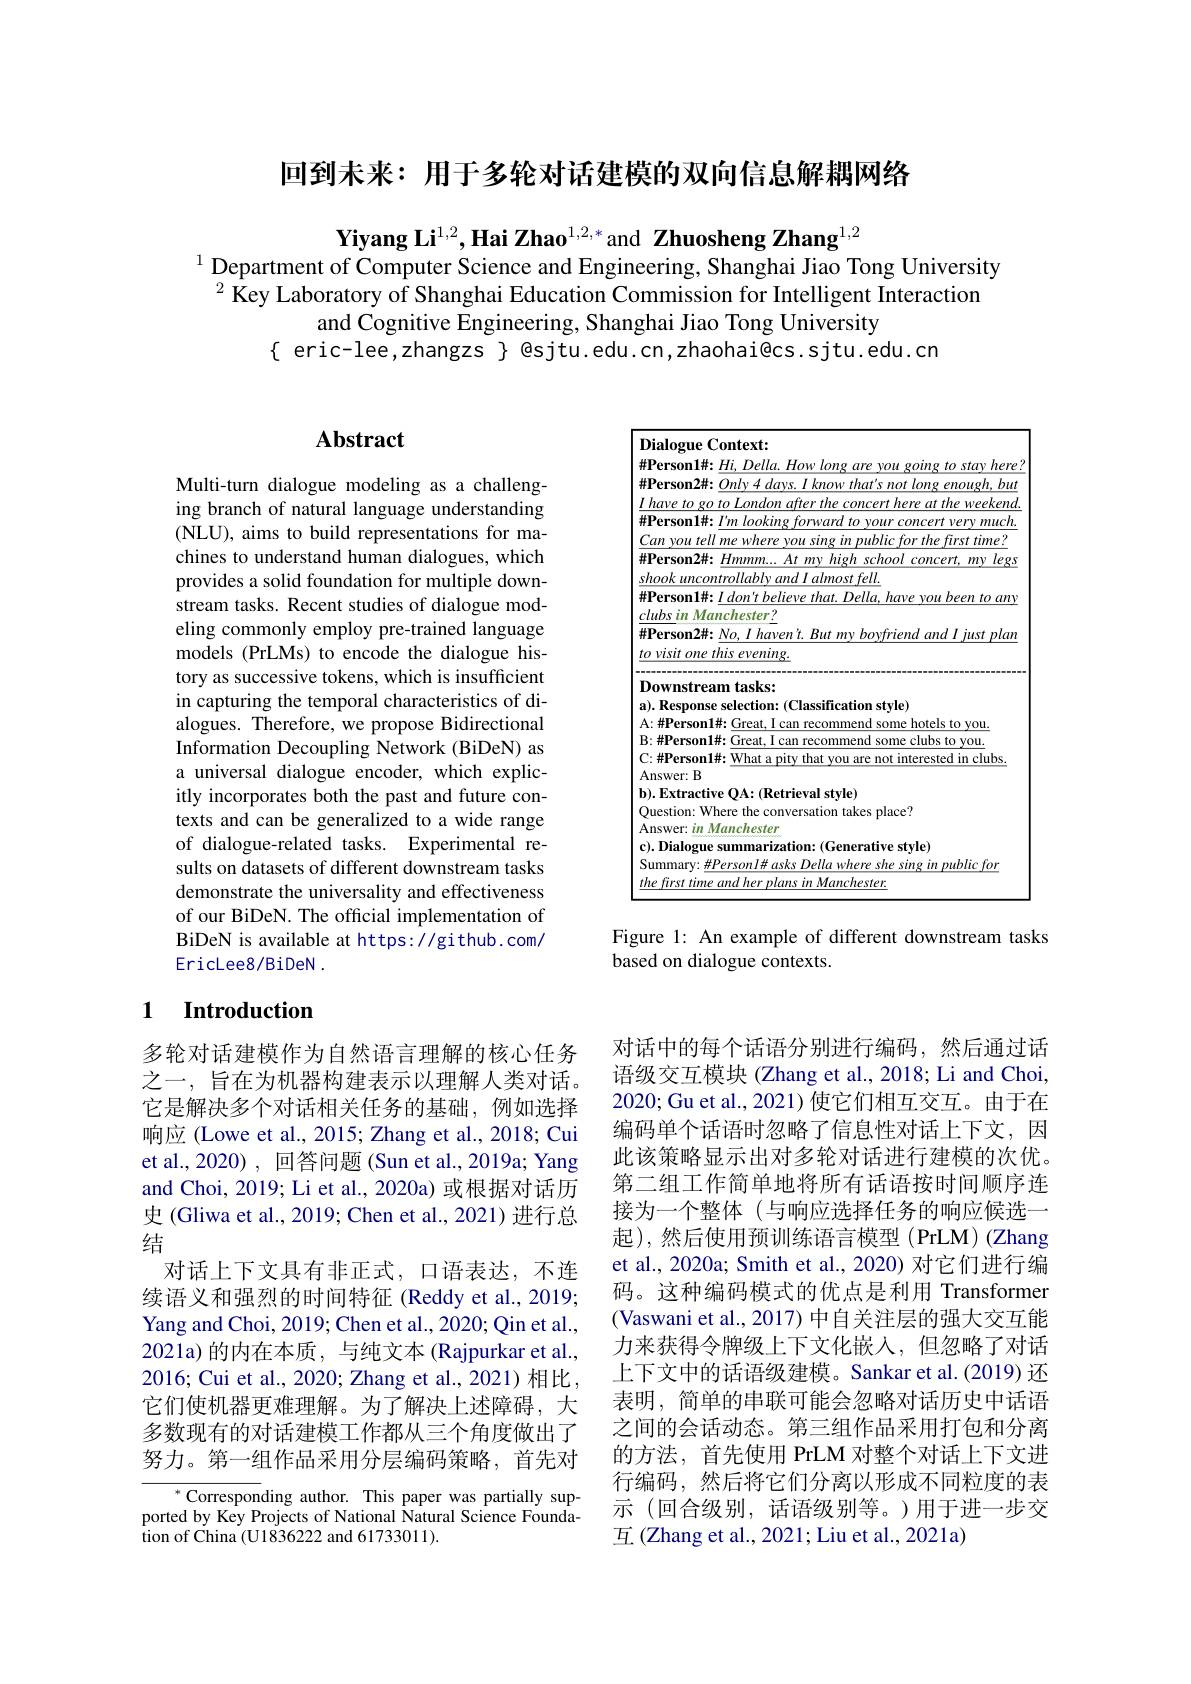
回到未来：用于多轮对话建模的双向信息解耦网络

Yiyang Li$^1,2,\textbf{Hai Zhao}^{1,2,*}$and Zhuosheng Zhang$^1,2$
$^{1}$ Department of Computer Science and Engineering, Shanghai Jiao Tong University $^{2}$ Key Laboratory of Shanghai Education Commission for Intelligent Interaction
and Cognitive Engineering, Shanghai Jiao Tong University
$\{$ eric-lee,zhangzs $\}$ @sjtu.edu.cn,zhaohai@cs.sjtu.edu.cn

## $\mathbf{Abstract}$

Multi-turn dialogue modeling as a challenging branch of natural language understanding (NLU), aims to build representations for machines to understand human dialogues, which provides a solid foundation for multiple downstream tasks. Recent studies of dialogue modeling commonly employ pre-trained language models (PrLMs) to encode the dialogue history as successive tokens, which is insufficient in capturing the temporal characteristics of dialogues. Therefore, we propose Bidirectional Information Decoupling Network (BiDeN) as a universal dialogue encoder, which explicitly incorporates both the past and future contexts and can be generalized to a wide range of dialogue-related tasks. Experimental results on datasets of different downstream tasks demonstrate the universality and effectiveness of our BiDeN. The official implementation of BiDeN is available at https://github.com/ EricLee8/BiDeN .

### 1 $\textbf{Introduction}$

多轮对话建模作为自然语言理解的核心任务之一，旨在为机器构建表示以理解人类对话。它是解决多个对话相关任务的基础，例如选择响应 (Lowe et al., 2015; Zhang et al., 2018; Cui et al.,2020), 回答问题 (Sun et al.,2019a; Yang and Choi, 2019; Li et al., 2020a) 或根据对话历史 (Gliwa et al., 2019; Chen et al., 2021) 进行总结
对话上下文具有非正式，口语表达，不连续语义和强烈的时间特征 (Reddy et al., 2019; Yang and Choi, 2019; Chen et al., 2020; Qin et al., 2021a)的内在本质，与纯文本(Rajpurkar et al., 2016; Cui et al., 2020; Zhang et al., 2021)相比， 它们使机器更难理解。为了解决上述障碍，大多数现有的对话建模工作都从三个角度做出了努力。第一组作品采用分层编码策略，首先对

$^{*}$Corresponding author. This paper was partially supported by Key Projects of National Natural Science Founda- ${\dot{\text{tion of China }}(\text{U1836222 and 61733011})}.$

<FigureHere>

Figure 1: An example of different downstream tasks
based on dialogue contexts.

对话中的每个话语分别进行编码，然后通过话语级交互模块 (Zhang et al., 2018; Li and Choi, 2020; Gu et al., 2021) 使它们相互交互。由于在编码单个话语时忽略了信息性对话上下文，因此该策略显示出对多轮对话进行建模的次优。第二组工作简单地将所有话语按时间顺序连接为一个整体 (与响应选择任务的响应候选一起),然后使用预训练语言模型(PrLM)(Zhang et al., 2020a; Smith et al., 2020) 对它们进行编码。这种编码模式的优点是利用 Transformer (Vaswani et al., 2017) 中自关注层的强大交互能力来获得令牌级上下文化嵌入，但忽略了对话上下文中的话语级建模。Sankar et al.(2019) 还表明，简单的串联可能会忽略对话历史中话语之间的会话动态。第三组作品采用打包和分离的方法，首先使用 PrLM 对整个对话上下文进行编码，然后将它们分离以形成不同粒度的表示 (回合级别，话语级别等。)用于进一步交互(Zhang et al., 2021; Liu et al., 2021a)